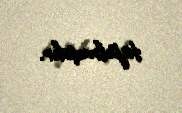
tapılmışdır.